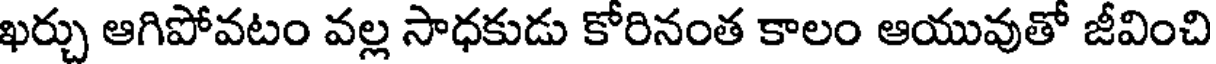
ఖర్చు ఆగిపోవటం వల్ల సాధకుడు కోరినంత కాలం ఆయువుతో జీవించి